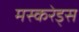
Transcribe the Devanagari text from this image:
मस्करेड्स